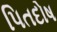
પિતદોષ